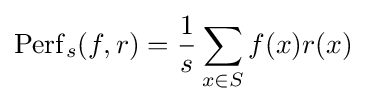
\operatorname {Perf} _{s}(f,r)={\frac {1}{s}}\sum _{x\in S}f(x)r(x)